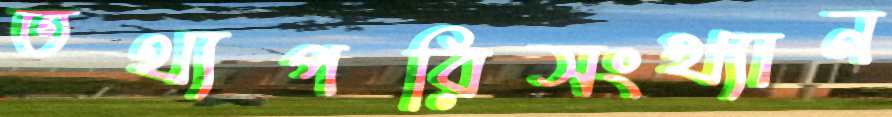
তথ্যপরিসংখ্যান